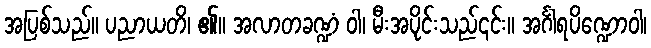
အပြစ်သည်။ ပညာယတိ၊ ၏။ အလာတခဏ္ဍံ ဝါ၊ မီးအပိုင်းသည်၎င်း။ အင်္ဂါရပိဏ္ဍောဝါ၊